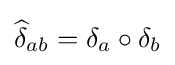
{\widehat {\delta }}_{ab}=\delta _{a}\circ \delta _{b}